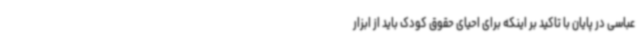
عباسی در پایان با تاکید بر اینکه برای احیای حقوق کودک باید از ابزار